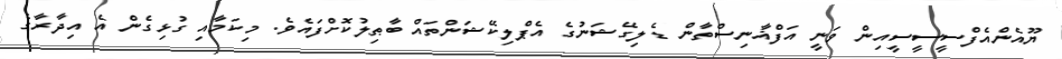
ޔޫއެންއެފްސީސީސީއިން ވަނީ އަފްޣާނިސްތާން ޑެލިގޭޝަނުގެ އެޕްލިކޭޝަންތައް ބާޠިލުކޮށްފައެވެ. މިކަމާއި ގުޅިގެން އެ އިދާރާގެ